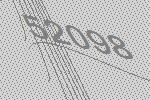
52098